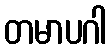
တမာပဂါ